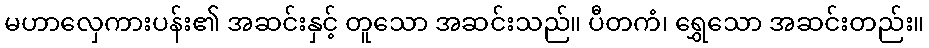
မဟာလှေကားပန်း၏ အဆင်းနှင့် တူသော အဆင်းသည်။ ပီတကံ၊ ရွှေသော အဆင်းတည်း။